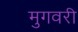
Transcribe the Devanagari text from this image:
मुगवरी